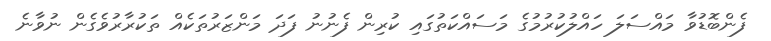
ފެންބޮޑުވާ މައްސަލަ ހައްލުކުރުމުގެ މަސައްކަތުގައި ކުރިން ފެނުނު ފަދަ މަންޒަރުތަކެއް ތަކުރާރުވެގެން ނުވާނެ